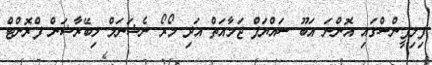
ފިލިޕީންސްގައި އޮންނަ އަބޫ ސައްޔަފް ޖަމާއަތް އަދި މޯރޯ ނެޝަނަލް ލިބޭރާޝަން ފްރޮންޓް